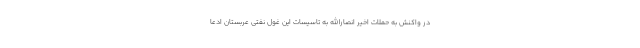
در واکنش به حملات اخیر انصارالله به تاسیسات این غول نفتی عربستان ادعا